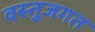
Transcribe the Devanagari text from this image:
वस्तुजगत